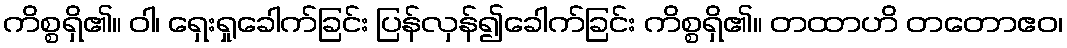
ကိစ္စရှိ၏။ ဝါ၊ ရှေးရှုခေါက်ခြင်း ပြန်လှန်၍ခေါက်ခြင်း ကိစ္စရှိ၏။ တထာဟိ တတောဧဝ၊